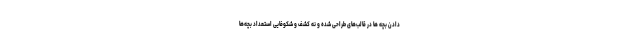
دادن بچه ها در قالب‌های طراحی شده و نه کشف و شکوفایی استعداد بچه‌ها